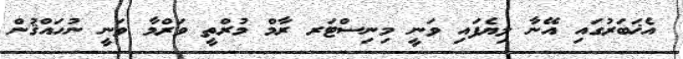
އެޚަބަރުގައި އޭނާ ލިޔެފައި ވަނީ މިނިސްޓަރ ރާމް މުރްތީ ވަރްމާ ވަނީ ނުހައްޤުން